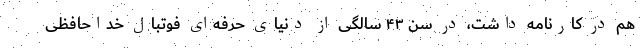
هم در کارنامه داشت، در سن ۴۳ سالگی از دنیای حرفه‌ای فوتبال خداحافظی